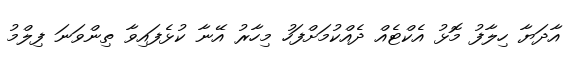
އާދަޔާ ހިލާފު މޮޅު އެކްޓެއް ދެއްކުމަށްފަހު މިހާރު އޭނާ ކުޅެފައިވާ ތިންވަނަ ފިލްމު